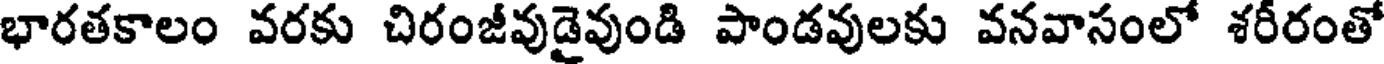
భారతకాలం వరకు చిరంజీవుడైవుండి పాండవులకు వనవాసంలో శరీరంతో